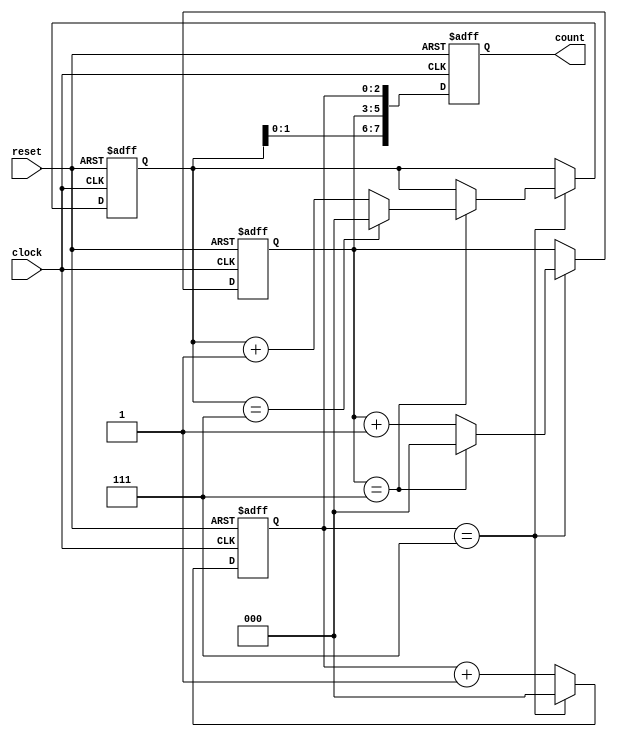
module cascaded_counter(
    input wire clock,
    input wire reset,
    output reg [7:0] count
);

reg [2:0] counter1;
reg [2:0] counter2;
reg [2:0] counter3;

always @(posedge clock or posedge reset) begin
    if (reset) begin
        counter1 <= 0;
        counter2 <= 0;
        counter3 <= 0;
        count <= 8'b0;
    end else begin
        if (counter1 == 7) begin
            counter1 <= 0;
            if (counter2 == 7) begin
                counter2 <= 0;
                if (counter3 == 7) begin
                    counter3 <= 0;
                end else begin
                    counter3 <= counter3 + 1;
                end
            end else begin
                counter2 <= counter2 + 1;
            end
        end else begin
            counter1 <= counter1 + 1;
        end
        count <= {counter3, counter2, counter1};
    end
end

endmodule